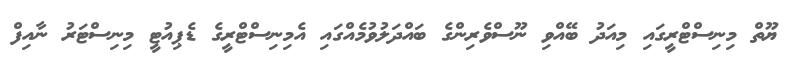
ޔޫތް މިނިސްޓްރީގައި މިއަދު ބޭއްވި ނޫސްވެރިންގެ ބައްދަލުވުމެއްގައި އެމިނިސްޓްރީގެ ޑެޕިއުޓީ މިނިސްޓަރު ނާއިފް